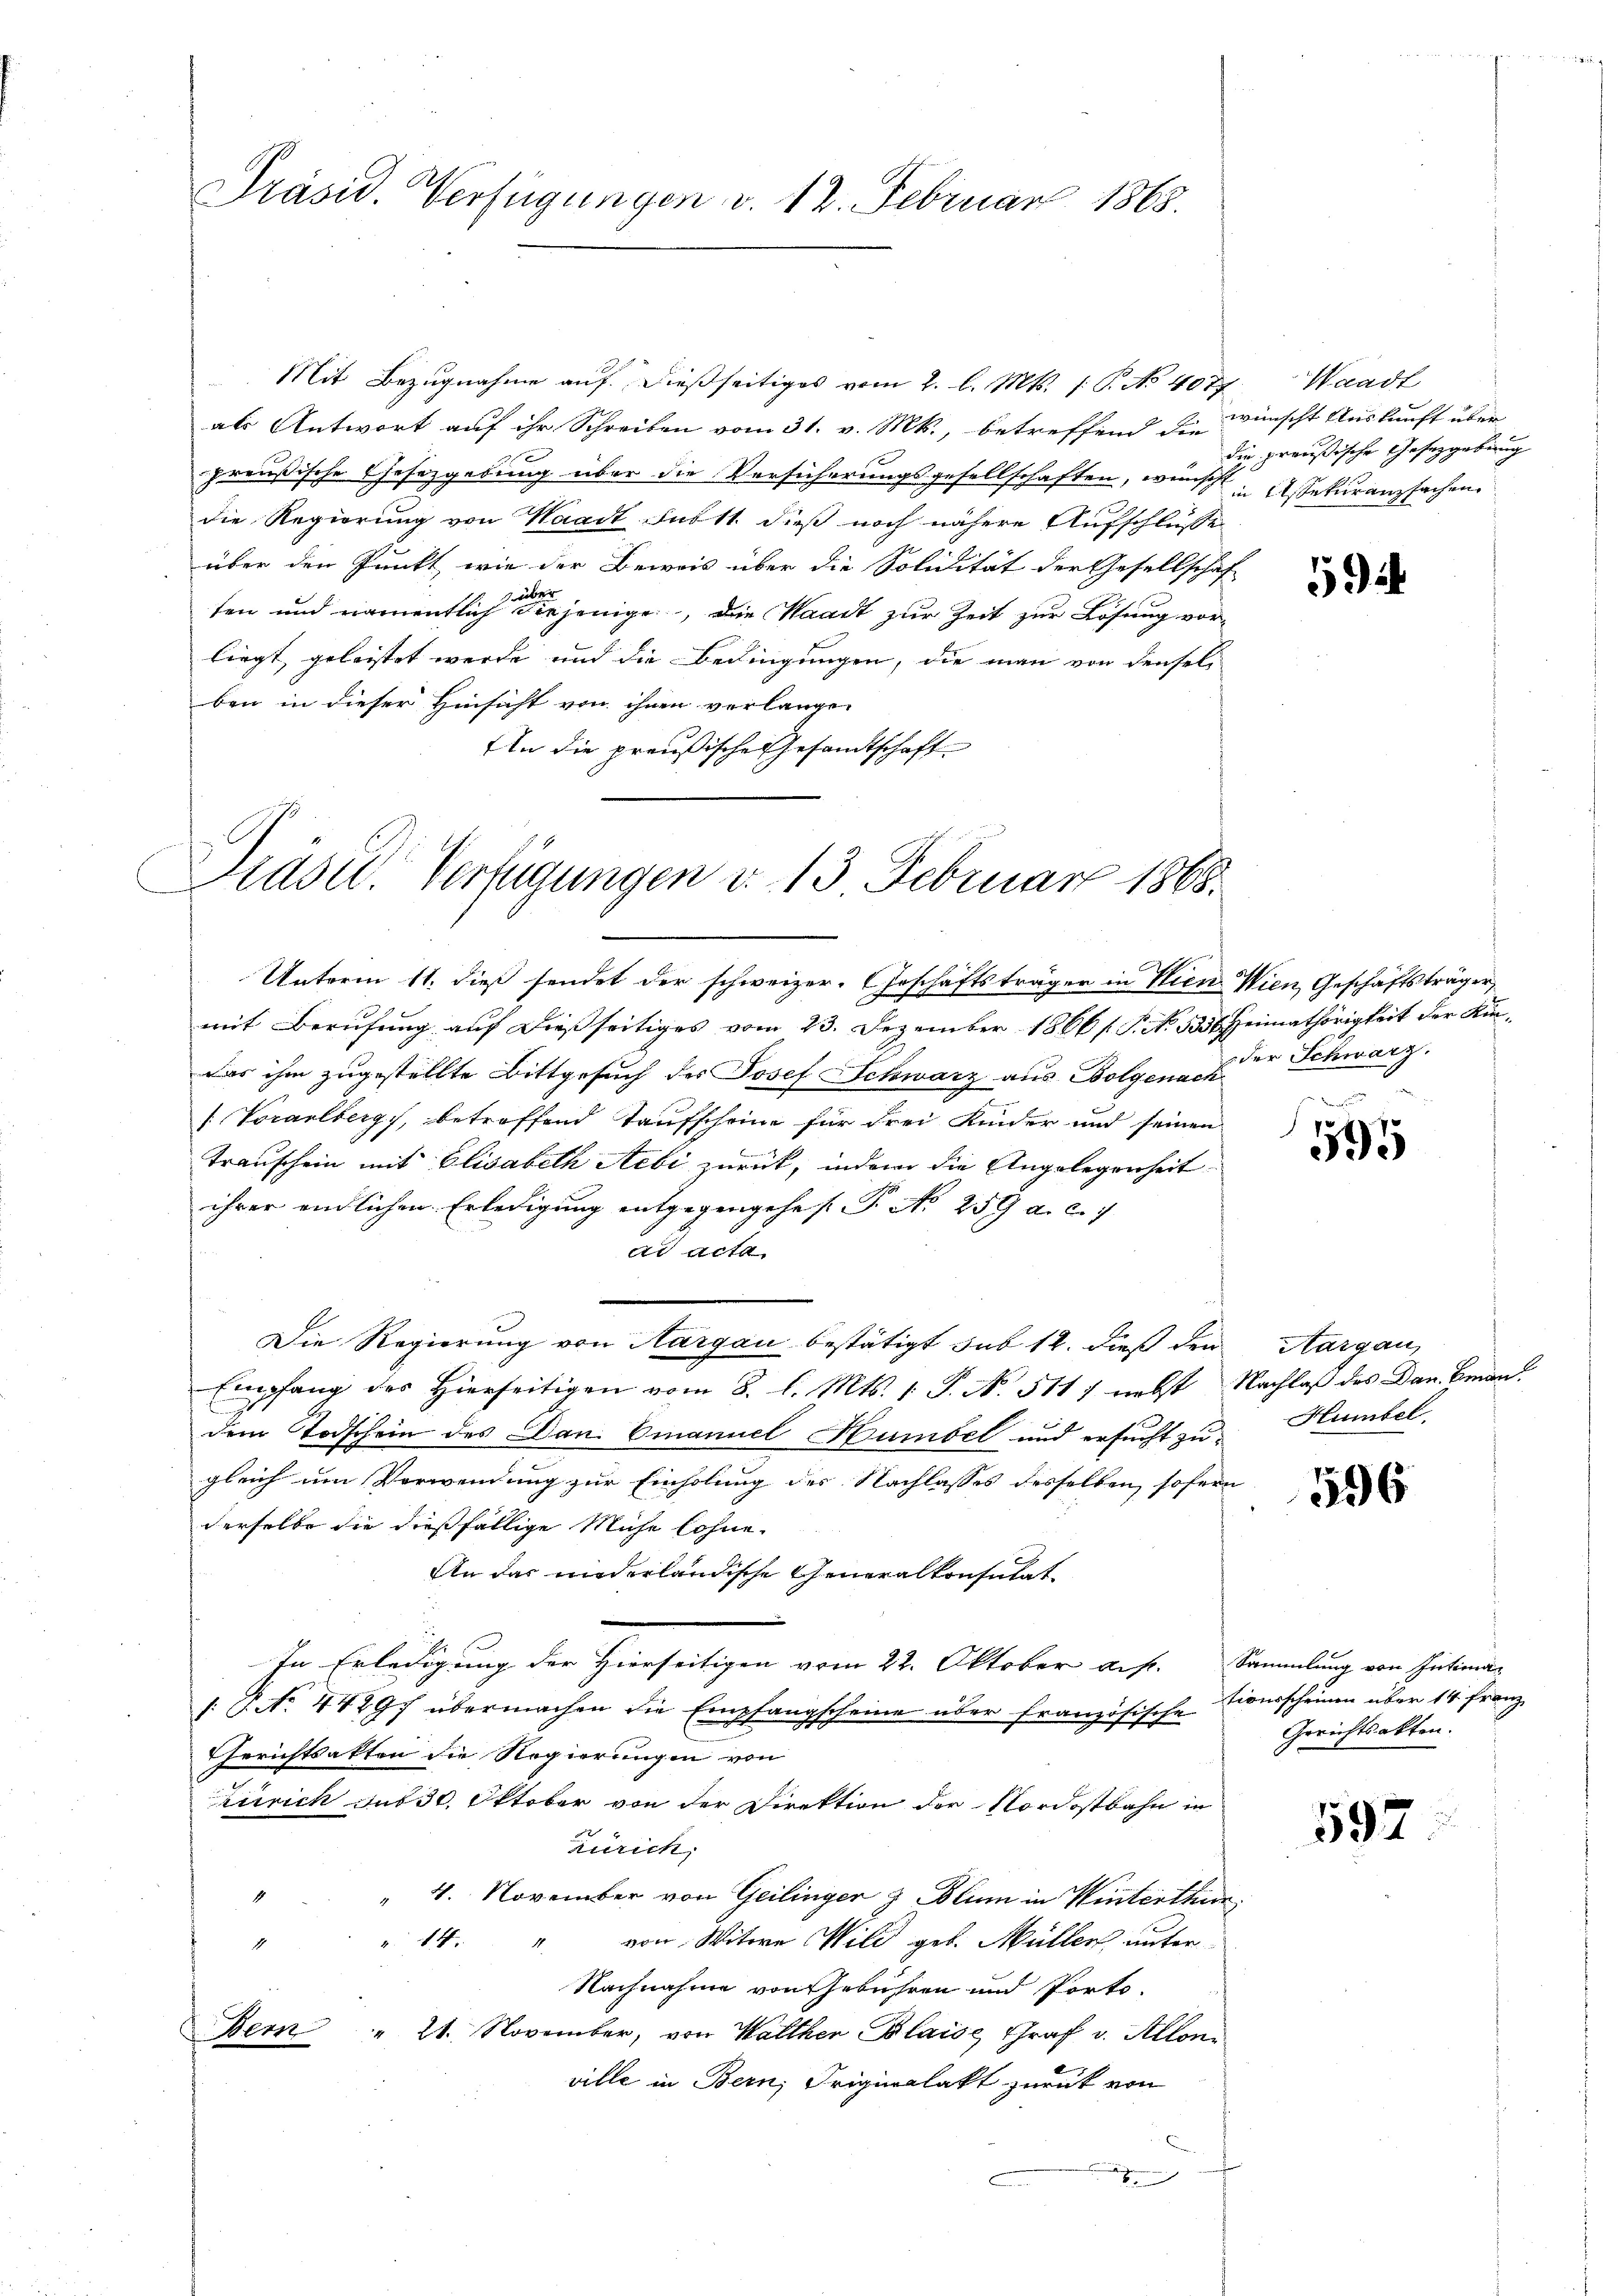
Präsid. Verfügungen v. 12. Februar 1868.

Mit Bezŭgnahme auf. Dießseitiges vom 2. l. Mts. 1. P. No 4077, Waadt
als Antwort auf ihr Schreiben vom 31. v. Mts., betreffend die wünscht Auskunft über
preußische Gesetzgebung über die Versicherungsgesellschaften, wünsch in Assekuranzsachen
die Regierung von Waadt, Subst dieß noch nähere Aufschluße
über den Punkt, wie der Beweis über die Solidität der Gesellschaf
ten und namentlich diejenige, die Waadt zur Zeit zur Lösung vor-
liegt, geleistet werde und die Bedingungen, die man von denselb
ben in dieser Hinsicht von ihnen verlange¬
An die preußische Gesandtschaft

Rast. Verfügungen v. 13 Februar 1865.

mit Berufung auf dießseitiges vom 23. Dezember 1866 f. P. No. 5356. Heimathörigkeit der Kin¬
Das ihm zugestellte Bittgesuch des Josef Schwarz aus Bolgend der Schwarz.
/ Vorarlberg), betreffend Taufscheine für drei Kinder und seinen
Trauschein mit Elisabeth Aebi zurück, indem die Angelegenheit
ihrer endlichen Erledigung entgegengehes P. Nr. 259 a. c.
ad acta
Die Regierung von Aargau bestätigt sub 12. dieß den Aargau,
Empfang des Hierseitigen vom 8. l. Mts. 1. P. N. 511 ; nebst Nachlaß des Dan Eman
fe
dem Todschein des Dan. Emanuel Humbel und ersucht zugleich um Verwendung zur Einholung des Nachlasses desselben sofern
derselbe die dießfällige Miche lohne.
An das niederländische Generalkonsulat
In Erledigung der Hierseitigen vom 22. Oktober auf. Sammlung von Intima-
1. No. 44297 übermachen die Empfangscheine über französische
Gerichtsakten die Regierungen von
Zürich sub 30. Oktober von der Direktion der Nordostbahn in
Zürich,
" 4. November von Geilinger z Blum in Winterthur,
1
" 14. " von Witwe Wild geb. Müller unter
4
Nachnahme von Gebühren und Porto-
Bern " 21. November, von Walther Blaise, Graf v. Alloni
ville in Bern, Originalakt zurück von

Unterm 11. dieß sendet der schweizer. Geschäftsträger in Wien Wien, Geschäftsträger,

die preußische Gesetzgebung

59

595

Humbel.

596

tionsscheinen über 14 Franz
Gerichtsakten.

597